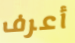
أعرف